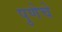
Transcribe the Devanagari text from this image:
पुणेचे